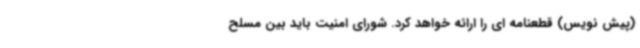
(پیش نویس) قطعنامه ای را ارائه خواهد کرد. شورای امنیت باید بین مسلح